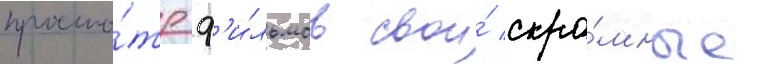
просмо́тр ф'и́льмов свои́ скро́мные